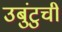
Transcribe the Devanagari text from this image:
उबुंटुची